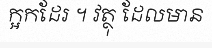
ក្អកដែរ ។ វត្ថុ ដែលមាន